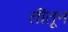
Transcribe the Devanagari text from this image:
तींतून